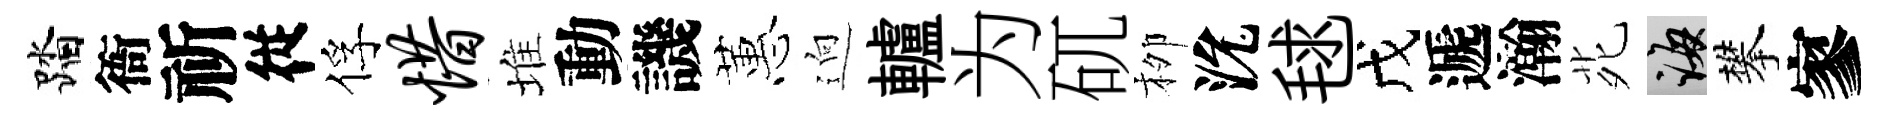
踏衙祈従俘惜堆動譏蕙逈轤为矹栁沇毬戊遞瀚𫟍誨攀寥